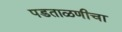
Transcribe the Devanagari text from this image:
पडताळणीचा